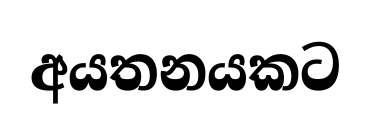
අයතනයකට